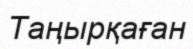
Таңырқаған